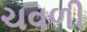
ચવળી